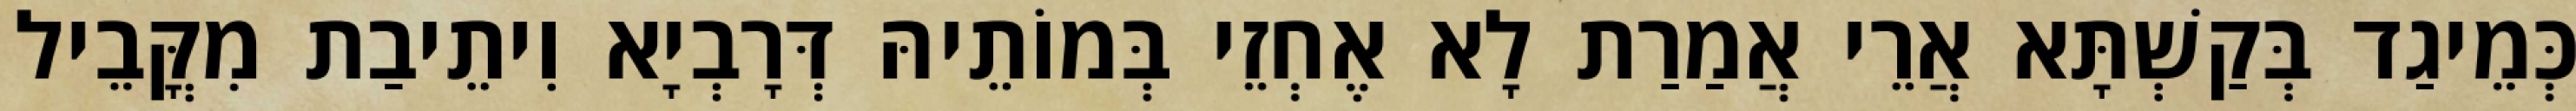
כְּמֵיגַד בְּקַשְׁתָּא אֲרֵי אֲמַרַת לָא אֶחְזֵי בְּמוֹתֵיהּ דְּרָבְיָא וִיתֵיבַת מִקֳּבֵיל